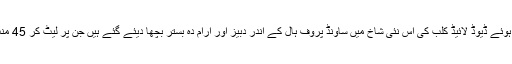
اسی پہلو کو سامنے رکھتے ہوئے ڈیوڈ لائیڈ کلب کی اس نئی شاخ میں ساؤنڈ پروف ہال کے اندر دبیز اور آرام دہ بستر بچھا دیئے گئے ہیں جن پر لیٹ کر 45 منٹ تک قیلولہ کیا جاسکتا ہے۔